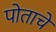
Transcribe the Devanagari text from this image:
पोताचे